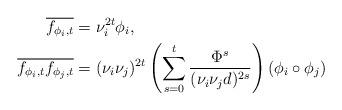
LaTeX: \begin{align*} \overline{f_{\phi_i, t}} &= \nu_i^{2t} \phi_i, \\ \overline{f_{\phi_i, t} f_{\phi_j, t}} &= (\nu_i \nu_j)^{2t} \left(\sum_{s=0}^{t} \frac{\Phi^s}{(\nu_i \nu_j d)^{2s}} \right) (\phi_i \circ \phi_j) \end{align*}